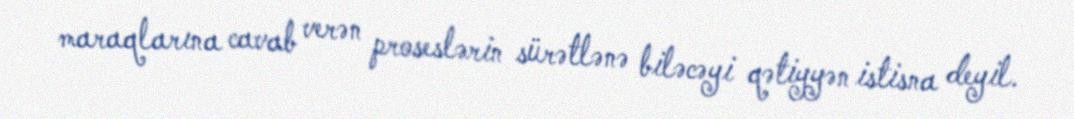
maraqlarına cavab verən proseslərin sürətlənə biləcəyi qətiyyən istisna deyil.